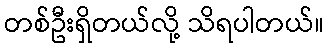
တစ်ဦးရှိတယ်လို့ သိရပါတယ်။